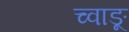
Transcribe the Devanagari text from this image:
च्वाङू